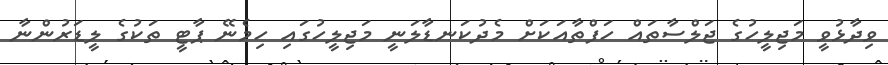
ވިދާޅުވީ މަޖިލީހުގެ ޖަލްސާތައް ހަފްތާއަކަށް މެދުކަނޑާލަނީ މަޖިލީހުގައި ހިމެނޭ ޕާޓީ ތަކުގެ ލީޑަރުންނާ